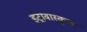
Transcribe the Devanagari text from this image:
इंट्रावास्कुलर